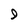
Character: 9